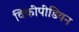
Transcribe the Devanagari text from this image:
विकीपीडियन